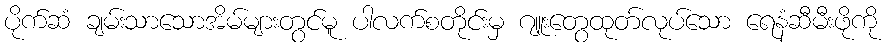
ပိုက်ဆံ ချမ်းသာသောအိမ်များတွင်မူ ပါလက်စတိုင်းမှ ဂျူးတွေထုတ်လုပ်သော ရေနံဆီမီးဖိုကို